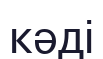
кәді